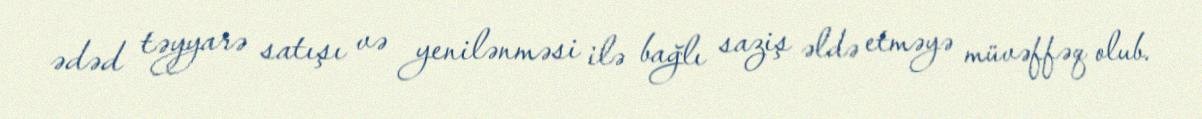
ədəd təyyarə satışı və yenilənməsi ilə bağlı saziş əldə etməyə müvəffəq olub.